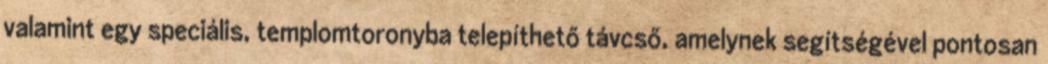
valamint egy speciális, templomtoronyba telepíthető távcső, amelynek segítségével pontosan